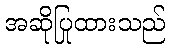
အဆိုပြုထားသည်